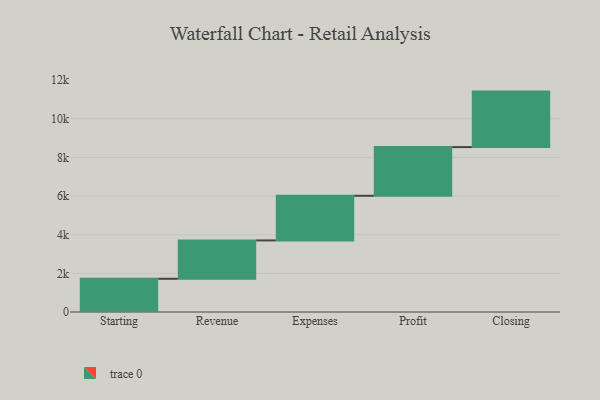
{"axis": {"x": "Step", "y": "Value"}, "legend": [""], "data": [{"x": "Starting", "y": 1719.0, "type": ""}, {"x": "Revenue", "y": 1986.0, "type": ""}, {"x": "Expenses", "y": 2310.0, "type": ""}, {"x": "Profit", "y": 2520.0, "type": ""}, {"x": "Closing", "y": 2872.0, "type": ""}]}